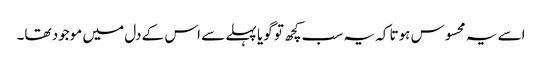
اسے یہ محسوس ہوتا کہ یہ سب کچھ تو گویا پہلے سے اس کے دل میں موجود تھا۔